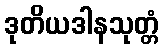
ဒုတိယဒါနသုတ္တံ